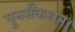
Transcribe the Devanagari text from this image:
पुनर्संकलन।